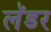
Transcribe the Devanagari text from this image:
लॅडर